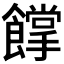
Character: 𩞦